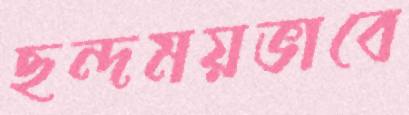
ছন্দময়ভাবে